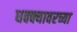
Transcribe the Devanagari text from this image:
धक्क्यावरच्या